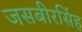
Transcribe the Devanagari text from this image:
जसबीरसिंह